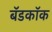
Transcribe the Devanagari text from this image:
बॅडकॉक